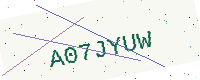
Text: A07JYUW